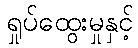
ရှုပ်ထွေးမှုနှင့်